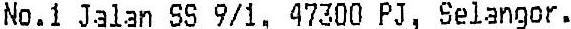
NO.1 JALAN SS 9/1, 47300 PJ, SELANGOR.